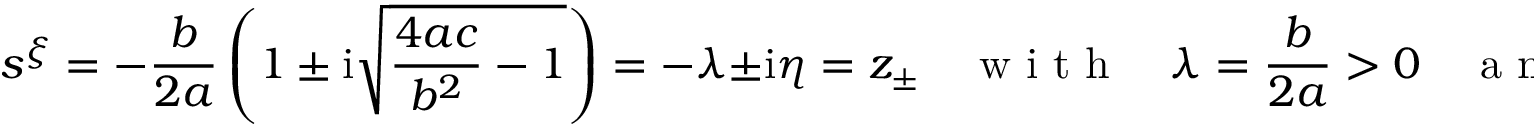
s ^ { \xi } = - \frac { b } { 2 a } \left( 1 \pm \mathrm { i } \sqrt { \frac { 4 a c } { b ^ { 2 } } - 1 } \right) = - \lambda \pm \mathrm { i } \eta = z _ { \pm } \quad \mathrm { ~ w ~ i ~ t ~ h ~ } \quad \lambda = \frac { b } { 2 a } > 0 \quad \mathrm { ~ a ~ n ~ d ~ } \quad \eta = \frac { b } { 2 a } \sqrt { \frac { 4 a c } { b ^ { 2 } } - 1 } > 0 ,